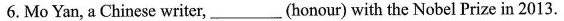
6. Mo Yan, a Chinese writer,___(honour) with the Nobel Prize in 2013.